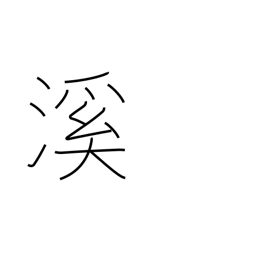
Meaning: valley